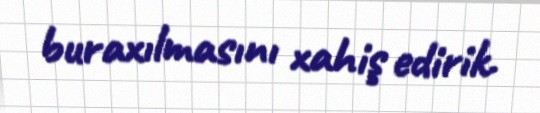
buraxılmasını xahiş edirik.